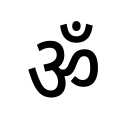
OCR:
ॐ